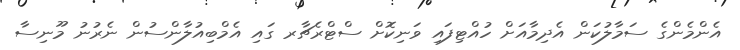
އެންމެންގެ ސަމާލުކަން އެދިމާއަށް ހުއްޓިފައި ވަނިކޮށް ސްޓްރެޗާރ ގައި އެމްބިއުލާންސުން ނެރުނު މޫނިސާ